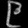
Digit: ၉